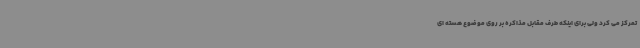
تمرکز می کرد ولی برای اینکه طرف مقابل مذاکره بر روی موضوع هسته ای